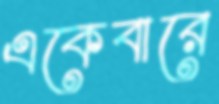
একেবারে